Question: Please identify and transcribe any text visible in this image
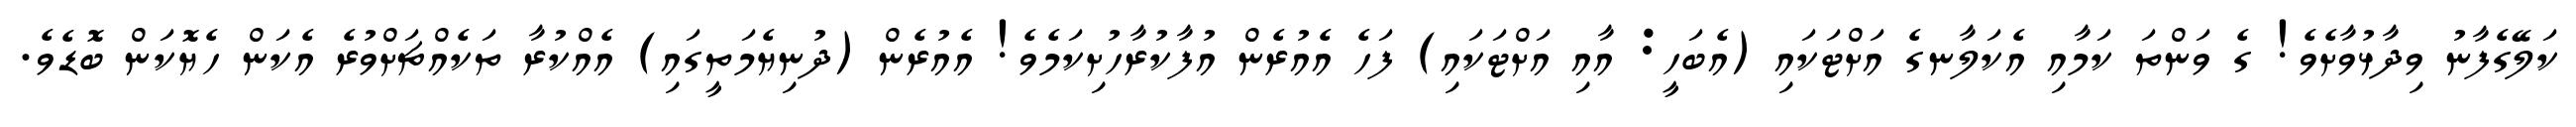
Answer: ކަލޭގެފާނު ވިދާޅުވާށެވެ! ގެ ވަންތަ ކަމާއި އެކަލާނގެ އަށްޓަކައި (އެބަހީ: އާއި އަށްޓަކައި) ފަހެ އެއުރެން އުފާކުރާހުށިކަމެވެ! އެއުރެން (ދުނިޔެމަތީގައި) އެއްކުރާ ތަކެއްޗަށްވުރެ އެކަން ހެޔޮކަން ބޮޑެވެ.